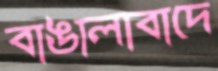
বাঙালাবাদে